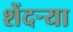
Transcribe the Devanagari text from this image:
शेंदर्‍या